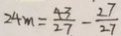
2 4 m = \frac { 4 3 } { 2 7 } - \frac { 2 7 } { 2 7 }